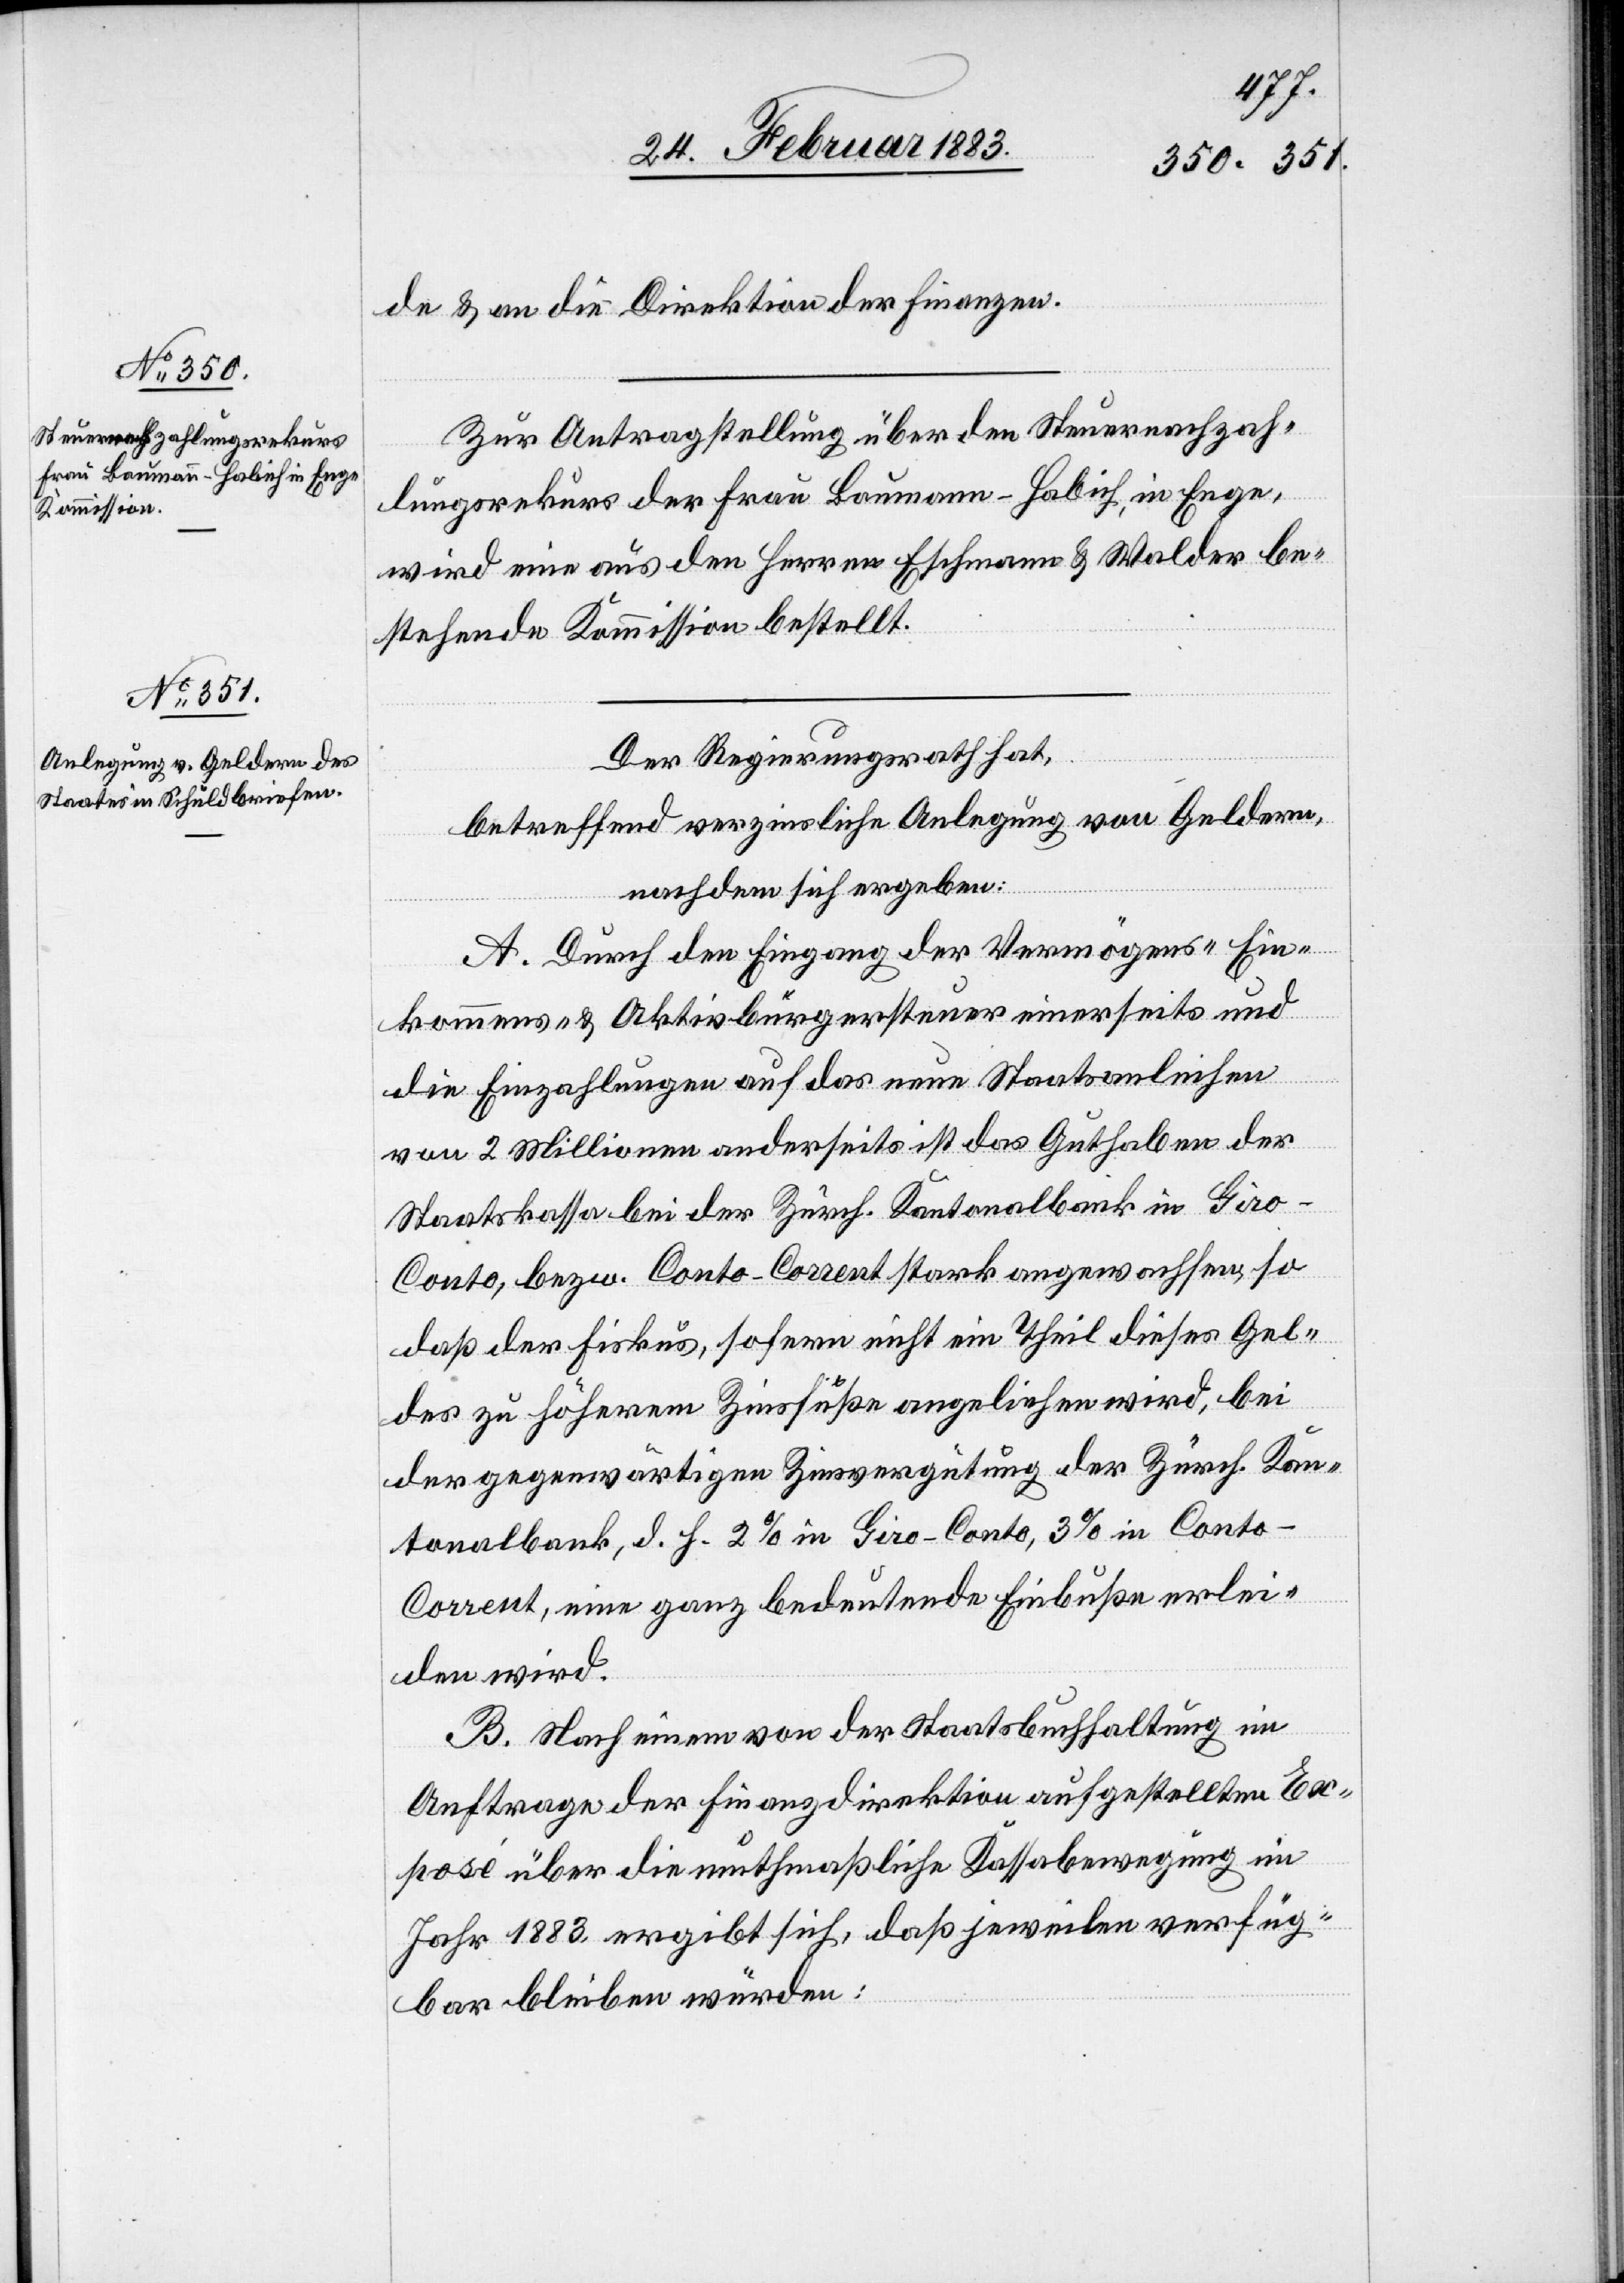
de & an die Direktion der Finanzen.
Zur Antragstellung über den Steuernachzah¬
lungsrekurs der Frau Baumann-Habich, in Enge,
wird eine aus den Herren Eschmann & Walder be¬
stehende Kommission bestellt.
Der Regierungsrath hat,
betreffend verzinsliche Anlegung von Geldern,
nachdem sich ergeben:
A. Durch den Eingang der Vermögens- Ein¬
kommens- & Aktivbürgersteuer einerseits und
die Einzahlungen auf das neue Staatsanleihen
von 2 Millionen anderseits ist das Guthaben der
Staatskasse bei der Zürch. Kantonalbank in Gir¬
o-Conto, bezw. Conto-Corrent stark angewachsen, so
daß der Fiskus, sofern nicht ein Theil dieser Gel¬
der zu höherem Zinsfuße angeliehen wird, bei
der gegenwärtigen Zinsvergütung der Zürch. Kan¬
tonalbank, d. h. 2% in Giro-Conto, 3% in Conto-C¬
orrent, eine ganz bedeutende Einbuße erlei¬
den wird.
B. Nach einem von der Staatsbuchhaltung im
Auftrage der Finanzdirektion aufgestellten Ex¬
posé über die muthmaßliche Kassabewegung im
Jahr 1883, ergibt sich, daß jeweilen verfüg¬
bar bleiben würden: